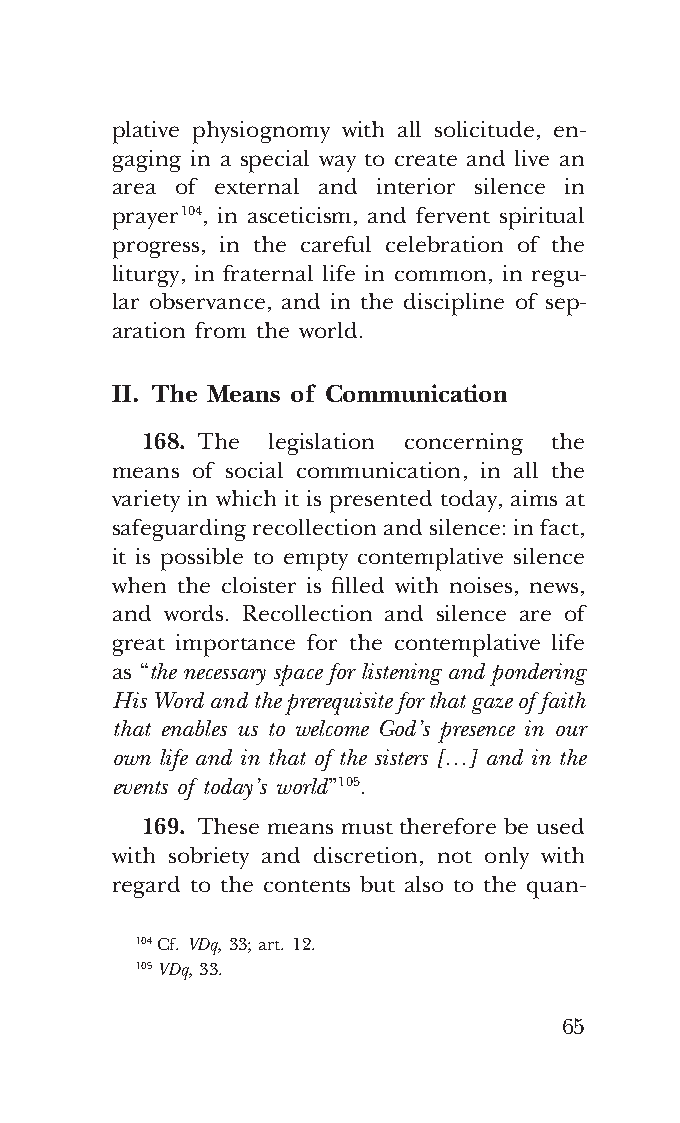
COR ORANS – NUOVO FORMATO – INGLESE 2ª BOZZA – 24 maggio 2018 – 11:12
 plative physiognomy with all solicitude, en-
 gaging in a special way to create and live an
 area of external and interior silence in
 prayer 104, in asceticism, and fervent spiritual
 progress, in the careful celebration of the
 liturgy, in fraternal life in common, in regu-
 lar observance, and in the discipline of sep-
 aration from the world.
 II. The Means of Communication
 168. The legislation concerning the
 means of social communication, in all the
 variety in which it is presented today, aims at
 safeguarding recollection and silence: in fact,
 it is possible to empty contemplative silence
 when the cloister is filled with noises, news,
 and words. Recollection and silence are of
 great importance for the contemplative life
 as “the necessary space for listening and pondering
 His Word and the prerequisite for that gaze of faith
 that enables us to welcome God’s presence in our
 own life and in that of the sisters […] and in the
 events of today’s world” 105.
 169. These means must therefore be used
 with sobriety and discretion, not only with
 regard to the contents but also to the quan-
 104 Cf. VDq, 33; art. 12.
 105 VDq, 33.
 65